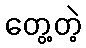
တွေ့တဲ့